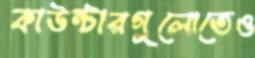
কাউন্টারগুলোতেও